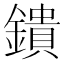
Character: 鐀